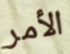
الأمر